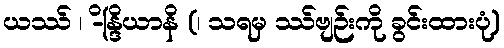
ယဿ် ၊ -ိန္ဒြိယာနိ (၊ သရမှ ဿ်ဗျဉ်းကို ခွင်းထားပုံ)